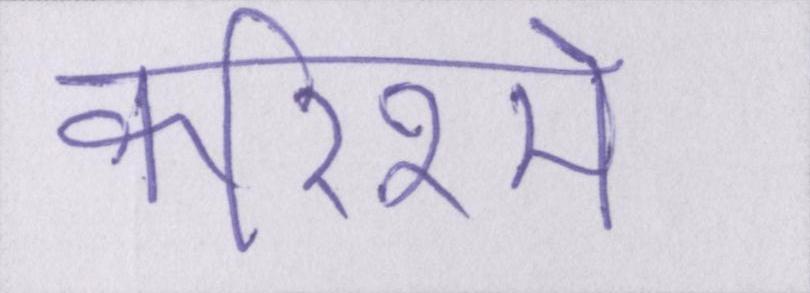
करिश्मे